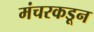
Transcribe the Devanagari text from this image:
मंचरकडून